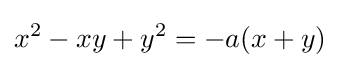
x^{2}-xy+y^{2}=-a(x+y)